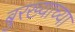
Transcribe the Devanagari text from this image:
बुरख्याच्या